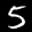
Label: 5